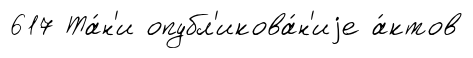
617 Та́н'и опубл'икова́н'иjе а́ктов